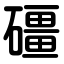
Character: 礓